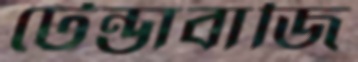
টেন্ডাবাজি